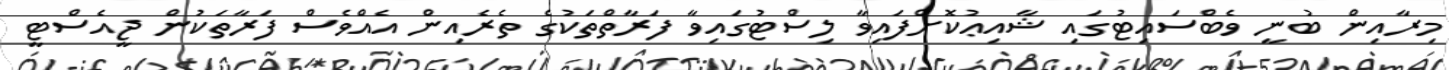
މިރާއިން ބުނީ ވެބްސައިޓުގައި ޝާއިޢުކޮށްފައިވާ ލިސްޓުގައިވާ ފަރާތްތަކުގެ ތެރެއިން އެއްވެސް ފަރާތަކުން ޖީއެސްޓީ